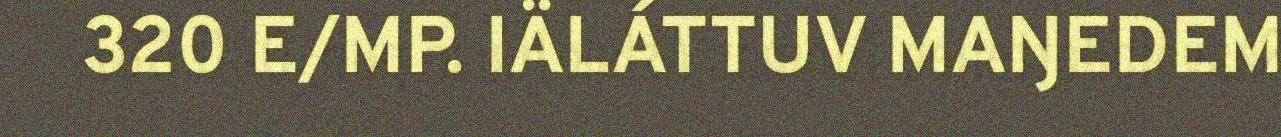
320 E/MP. IÄLÁTTUV MAŊEDEM